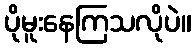
ပိုမူးနေကြသလိုပဲ။